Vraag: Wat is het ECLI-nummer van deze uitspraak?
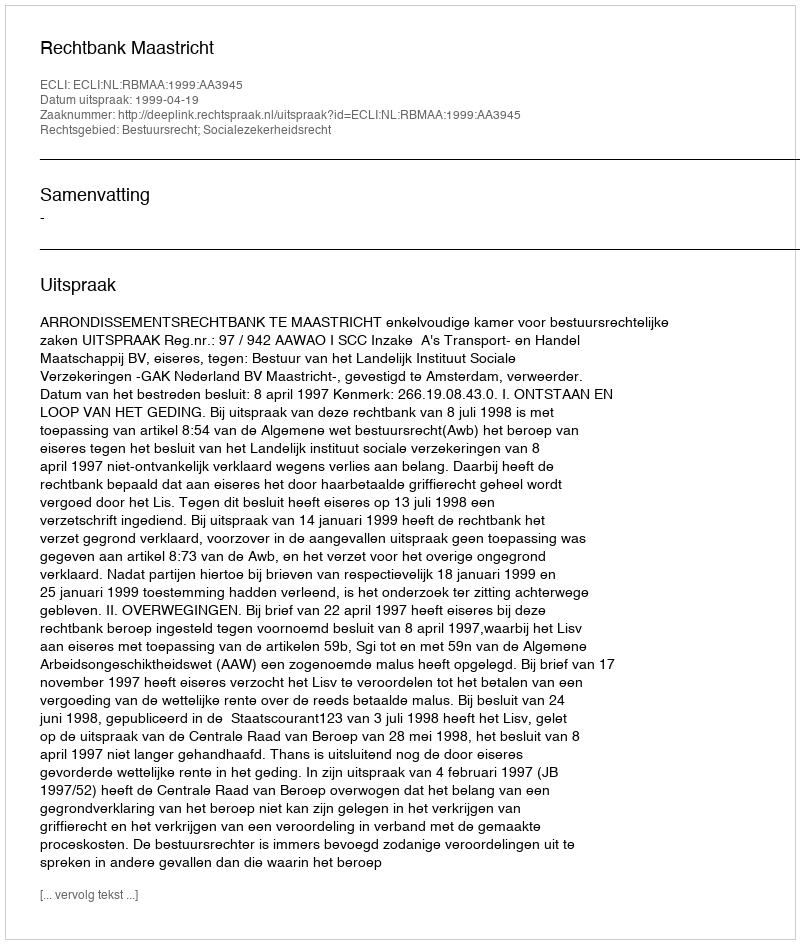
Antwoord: ECLI:NL:RBMAA:1999:AA3945